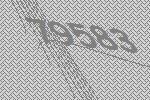
79583